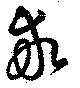
求